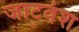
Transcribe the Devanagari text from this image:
जाटवंश